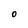
Character: O